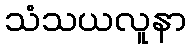
သံသယလူနာ